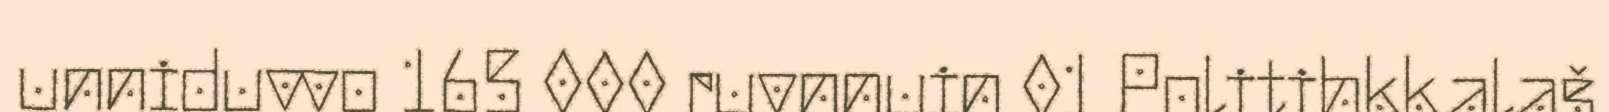
unniduvvo 165 000 ruvnnuin 01 Politihkkalaš